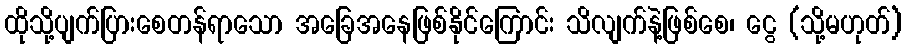
ထိုသို့ပျက်ပြားစေတန်ရာသော အခြေအနေဖြစ်နိုင်ကြောင်း သိလျက်နဲ့ဖြစ်စေ၊ ငွေ (သို့မဟုတ်)